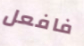
فافعل